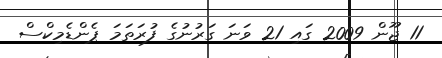
11 ޖޫން 2009 ގައި 21 ވަނަ ގަރުނުގެ ފުރަތަމަ ޕެންޑެމިކްސް